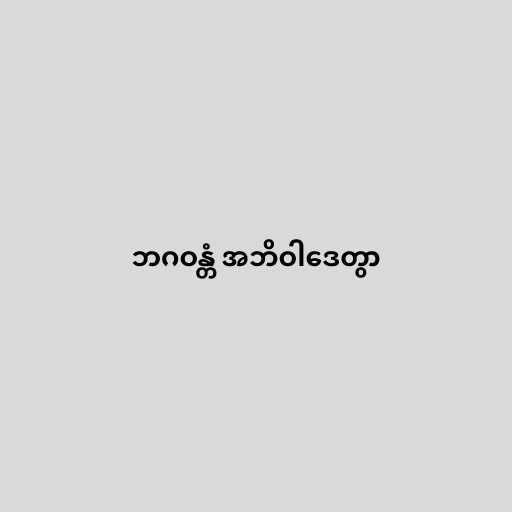
ဘဂဝန္တံ အဘိဝါဒေတွာ